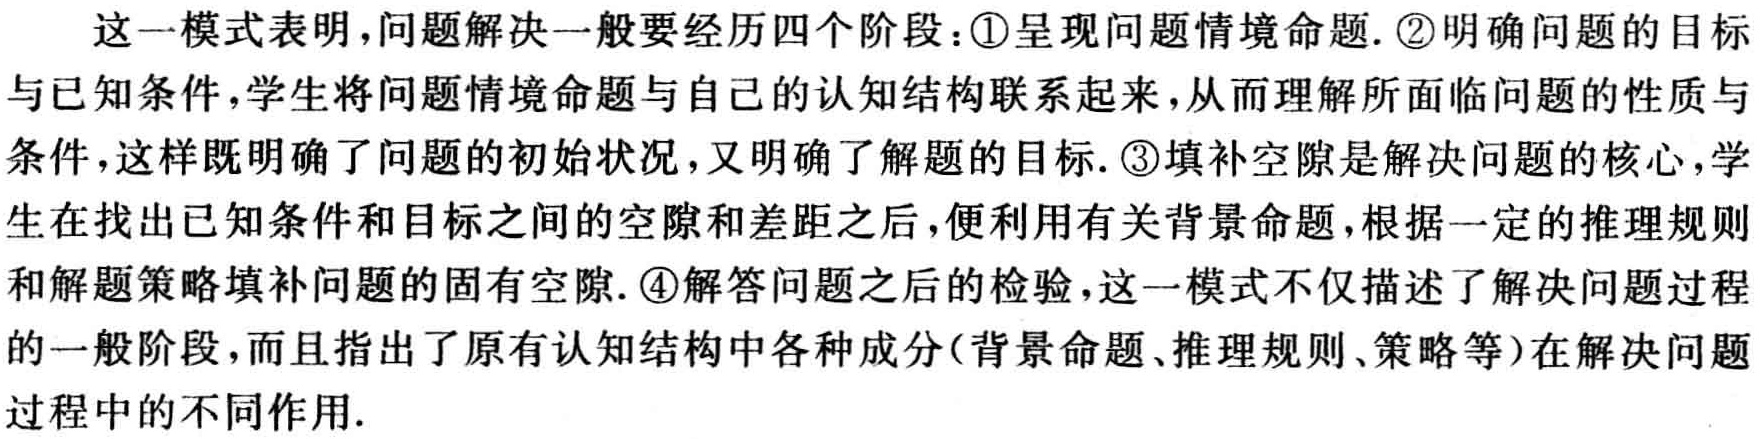
这一模式表明，问题解决一般要经历四个阶段：\textcircled{1}呈现问题情境命题. \textcircled{2}明确问题的目标与已知条件，学生将问题情境命题与自己的认知结构联系起来，从而理解所面临问题的性质与条件，这样既明确了问题的初始状况，又明确了解题的目标. \textcircled{3}填补空隙是解决问题的核心，学生在找出已知条件和目标之间的空隙和差距之后，便利用有关背景命题，根据一定的推理规则和解题策略填补问题的固有空隙. \textcircled{4}解答问题之后的检验，这一模式不仅描述了解决问题过程的一般阶段，而且指出了原有认知结构中各种成分(背景命题、推理规则、策略等)在解决问题过程中的不同作用.